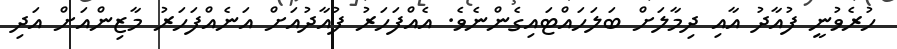
ހުރެވުނީ ފުއާދު އާއި ދިމާލަށް ބަލަހައްޓައިގެންނެވެ. އެއްފަހަރު ފުއާދުއަށް އަނެއްފަހަރު މާޒިންއަށް އަދި